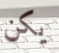
يكن